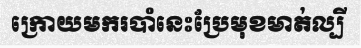
ក្រោយមករបាំនេះប្រែមុខមាត់ល្បី